DOW-UAP-D25, Mission Report, Greece, January 2024
Agency: Department of War
Incident date: 1/25/24
Incident location: Mediterranean Sea
Page 4
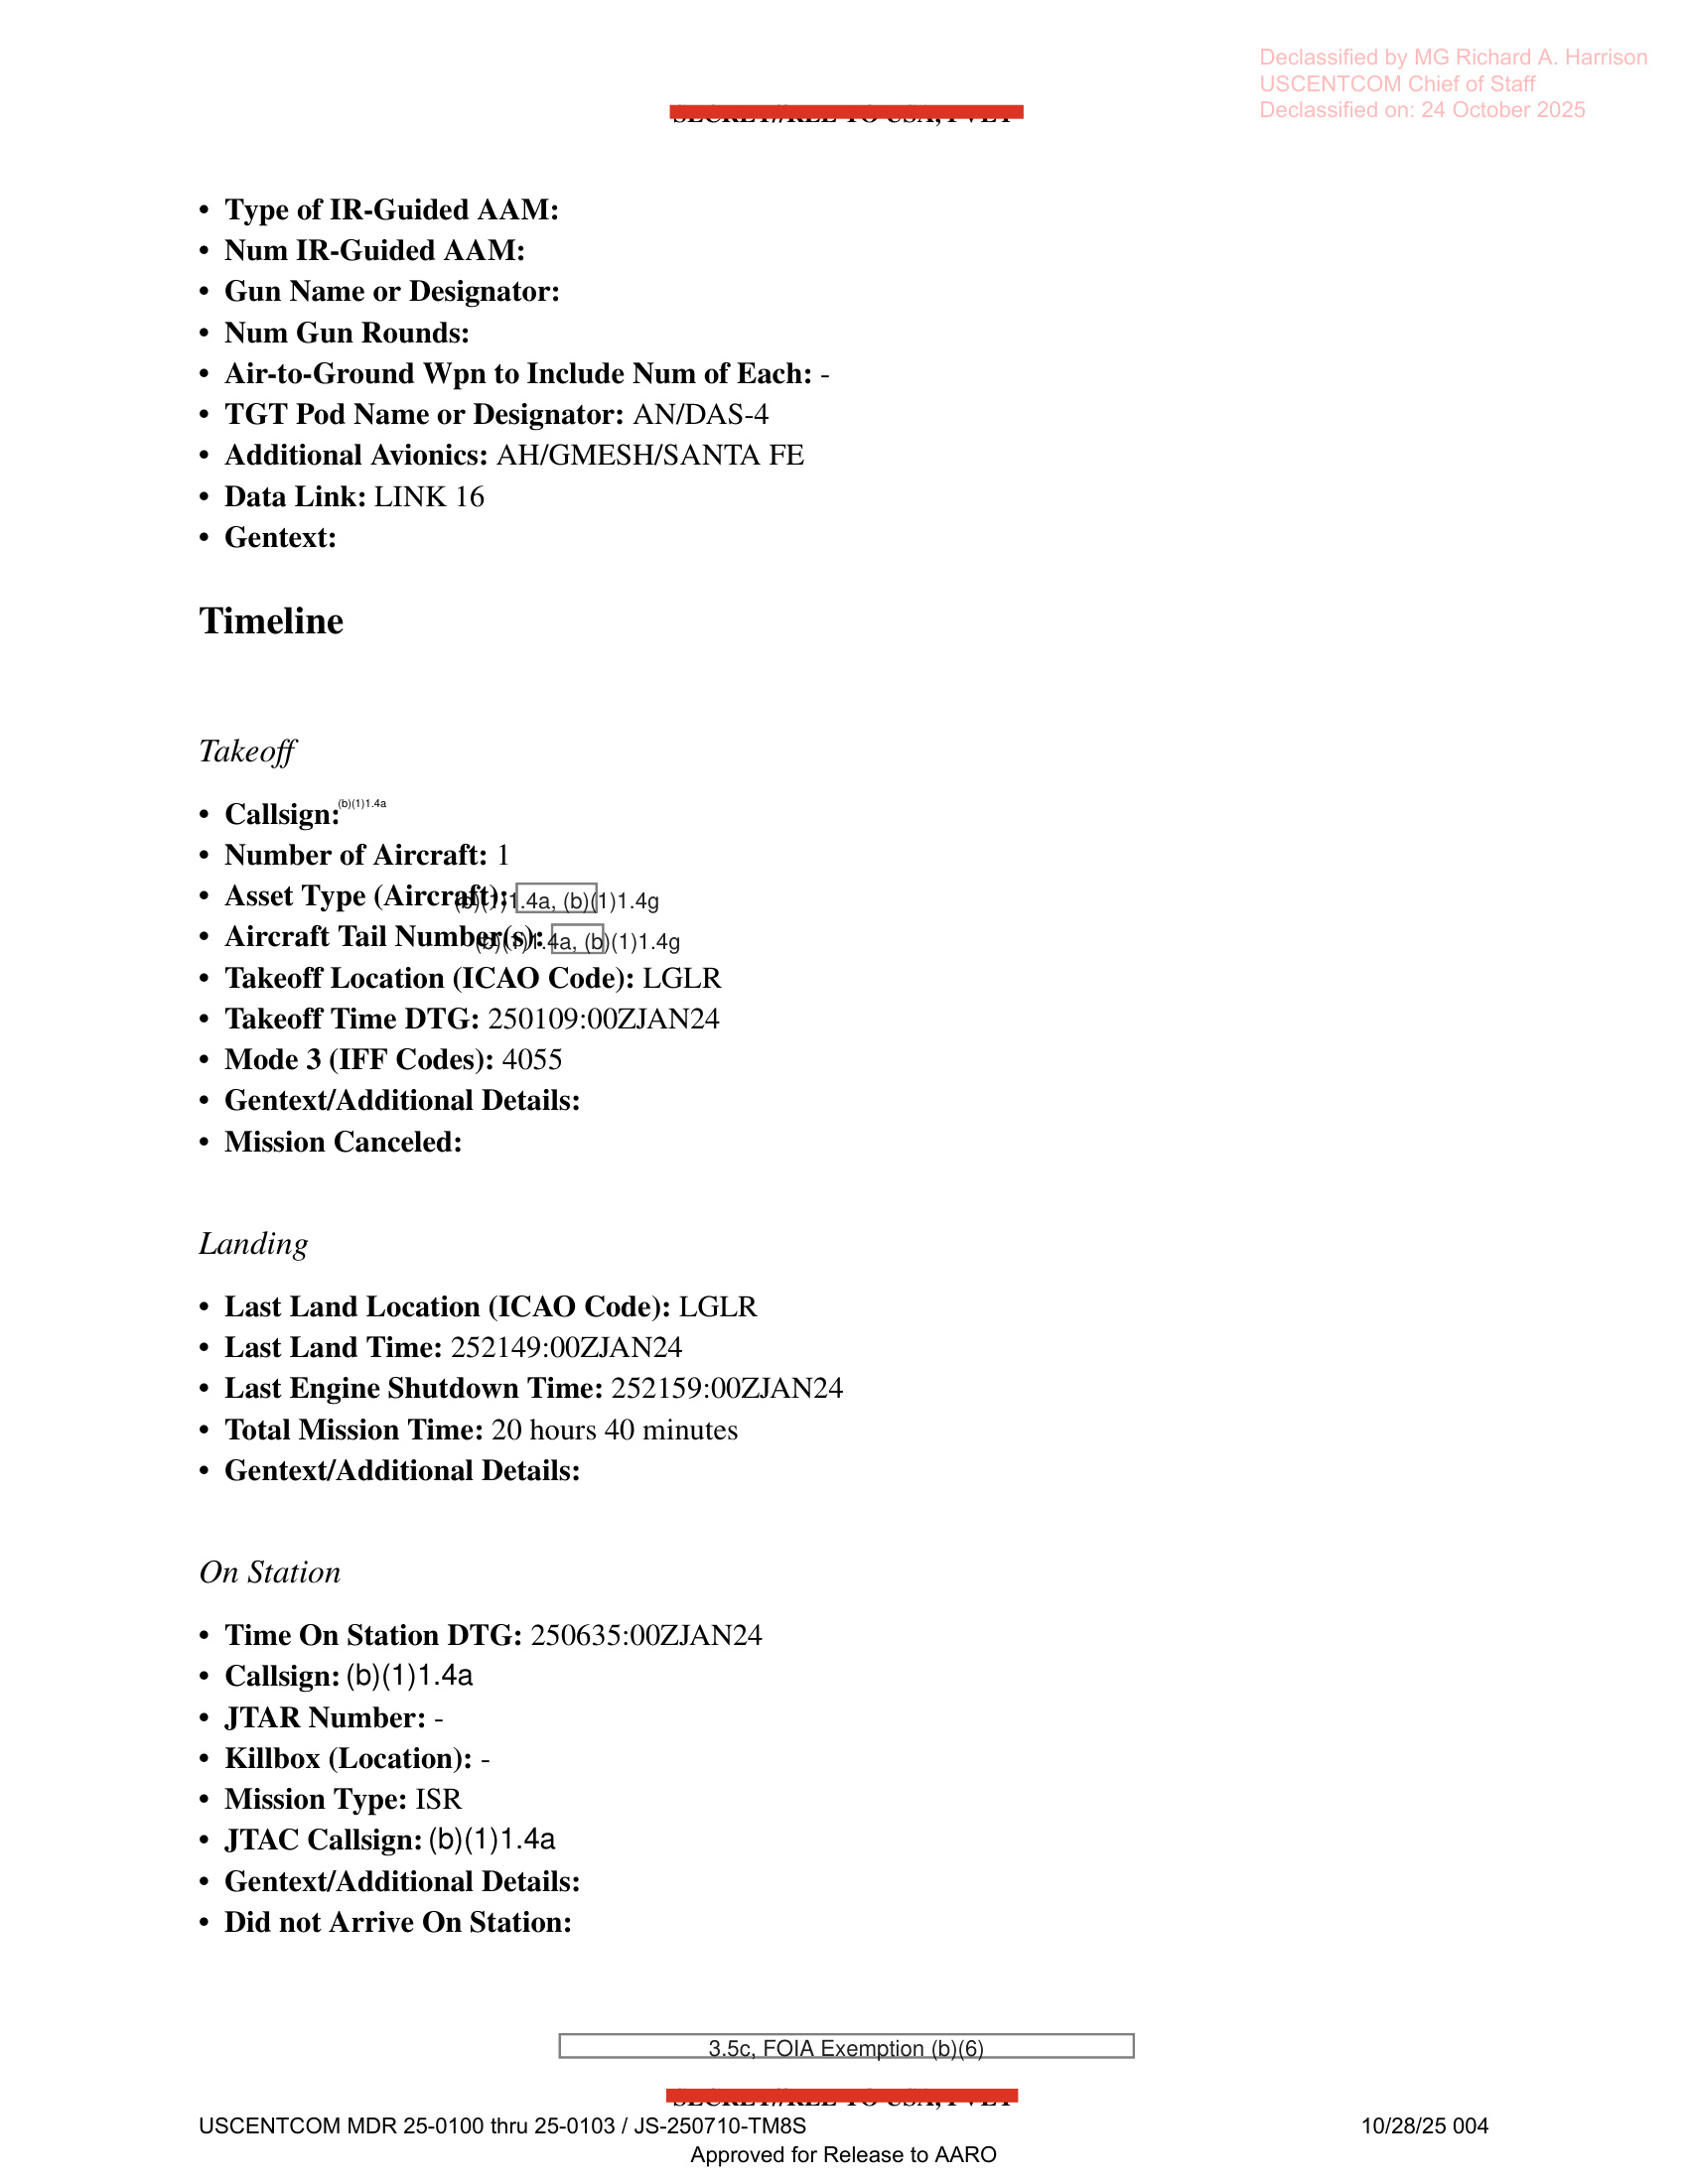